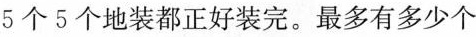
5个5个地装都正好装完。最多有多少个